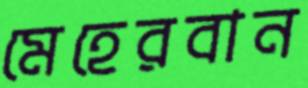
মেহেরবান